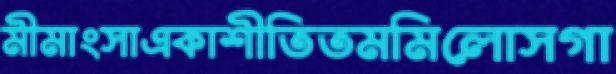
মীমাংসাএকাশীতিতমমিলোসগা